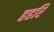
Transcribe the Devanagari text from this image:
हहरि